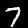
Label: 7